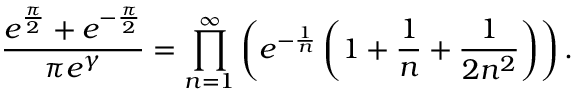
{ \frac { e ^ { \frac { \pi } { 2 } } + e ^ { - { \frac { \pi } { 2 } } } } { \pi e ^ { \gamma } } } = \prod _ { n = 1 } ^ { \infty } \left( e ^ { - { \frac { 1 } { n } } } \left( 1 + { \frac { 1 } { n } } + { \frac { 1 } { 2 n ^ { 2 } } } \right) \right) .